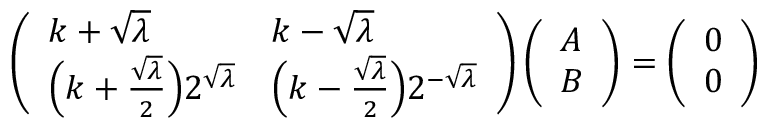
\left( \begin{array} { l l } { k + \sqrt \lambda } & { k - \sqrt \lambda } \\ { \Big ( k + \frac { \sqrt \lambda } { 2 } \Big ) 2 ^ { \sqrt \lambda } } & { \Big ( k - \frac { \sqrt \lambda } { 2 } \Big ) 2 ^ { - \sqrt \lambda } } \end{array} \right) \left( \begin{array} { l } { A } \\ { B } \end{array} \right) = \left( \begin{array} { l } { 0 } \\ { 0 } \end{array} \right)